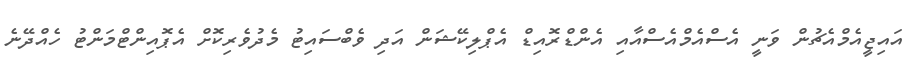
އައިޖީއެމްއެޗުން ވަނީ އެސްއެމްއެސްއާއި އެންޑްރޮއިޑް އެޕްލިކޭޝަން އަދި ވެބްސައިޓު މެދުވެރިކޮށް އެޕޮއިންޓްމަންޓު ހެއްދޭނެ